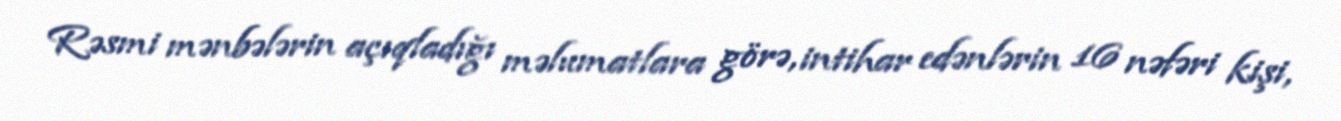
Rəsmi mənbələrin açıqladığı məlumatlara görə, intihar edənlərin 16 nəfəri kişi,